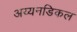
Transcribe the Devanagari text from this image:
अय्यनडिकल